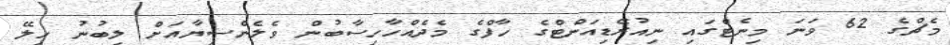
މެޗްގެ 62 ވަނަ މިނެޓްގައި ނިއުރޭޑިއަންޓްގެ ހާފްގެ މެދެއްހާހިސާބުން ވެލެންސިޔާއަށް ލިބުނު ހިލޭ